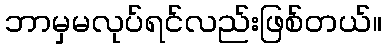
ဘာမှမလုပ်ရင်လည်းဖြစ်တယ်။